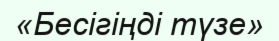
«Бесігіңді түзе»